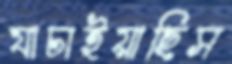
যাচাইয়াছিস